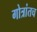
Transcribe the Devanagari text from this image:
गोत्रांतच